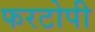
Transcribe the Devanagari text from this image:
फरटोपी